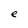
Character: e